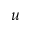
u